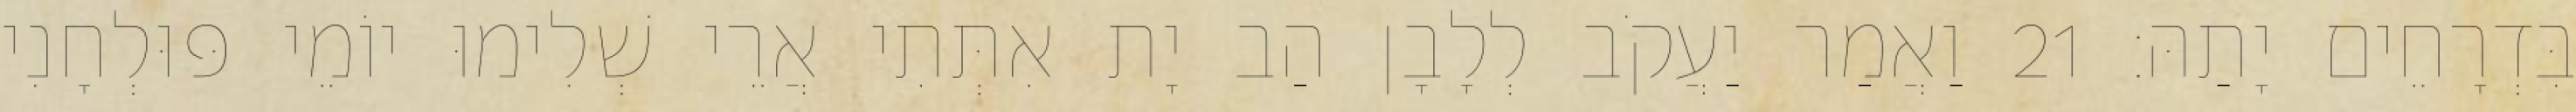
בִּדְרָחֵים יָתַהּ׃ 21 וַאֲמַר יַעֲקֹב לְלָבָן הַב יָת אִתְּתִי אֲרֵי שְׁלִימוּ יוֹמֵי פּוּלְחָנִי